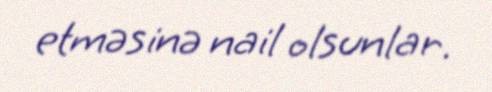
etməsinə nail olsunlar.